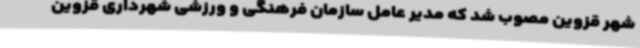
شهر قزوین مصوب شد که مدیر عامل سازمان فرهنگی و ورزشی شهرداری قزوین